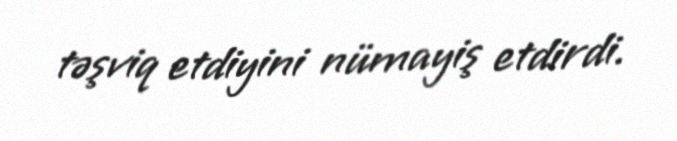
təşviq etdiyini nümayiş etdirdi.